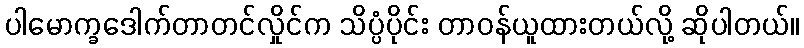
ပါမောက္ခဒေါက်တာတင်လှိုင်က သိပ္ပံပိုင်း တာဝန်ယူထားတယ်လို့ ဆိုပါတယ်။